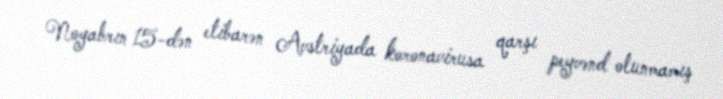
Noyabrın 15-dən etibarən Avstriyada koronavirusa qarşı peyvənd olunmamış